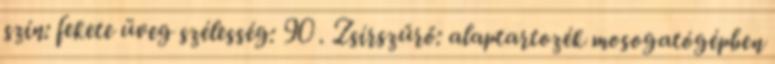
szín: fekete üveg szélesség: 90 . Zsírszűrő: alaptartozék mosogatógépben